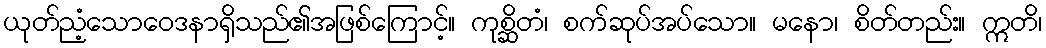
ယုတ်ညံ့သောဝေဒနာရှိသည်၏အဖြစ်ကြောင့်။ ကုစ္ဆိတံ၊ စက်ဆုပ်အပ်သော။ မနော၊ စိတ်တည်း။ ဣတိ၊